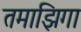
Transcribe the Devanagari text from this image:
तमाझिगा